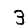
Digit: 3